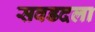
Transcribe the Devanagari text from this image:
सवडदला